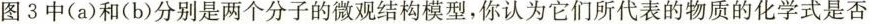
图3中(a)和(b)分别是两个分子的微观结构模型，你认为它们所代表的物质的化学式是否